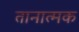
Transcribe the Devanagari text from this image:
तानात्मक